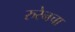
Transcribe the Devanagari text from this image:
रुरेनचा